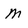
Character: m